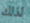
لذلك